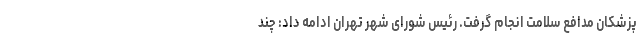
پزشکان مدافع سلامت انجام گرفت. رئیس شورای شهر تهران ادامه داد: چند